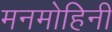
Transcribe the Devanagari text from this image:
मनमोहिनी